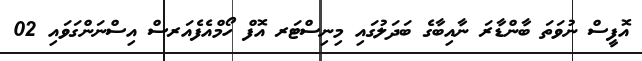
އޮފީސް ނުވަތަ ބާންޑާރަ ނާއިބާގެ ބަދަލުގައި މިނިސްޓަރ އޮފް ހޯމްއެފެއަރސް އިސްނަންގަވައި 02